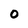
Character: 0